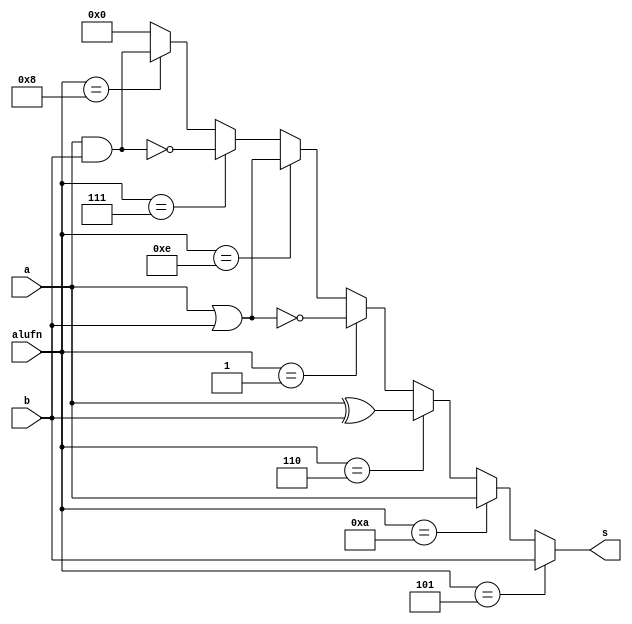
module boolean_16bit_7 (
    input [15:0] a,
    input [15:0] b,
    input [3:0] alufn,
    output reg [15:0] s
  );
  
  
  
  always @* begin
    s[0+15-:16] = 1'h0;
    if (alufn[0+3-:4] == 4'h8) begin
      s[0+15-:16] = a[0+15-:16] & b[0+15-:16];
    end
    if (alufn[0+3-:4] == 4'h7) begin
      s[0+15-:16] = ~(a[0+15-:16] & b[0+15-:16]);
    end
    if (alufn[0+3-:4] == 4'he) begin
      s[0+15-:16] = a[0+15-:16] | b[0+15-:16];
    end
    if (alufn[0+3-:4] == 4'h1) begin
      s[0+15-:16] = ~(a[0+15-:16] | b[0+15-:16]);
    end
    if (alufn[0+3-:4] == 4'h6) begin
      s[0+15-:16] = a[0+15-:16] ^ b[0+15-:16];
    end
    if (alufn[0+3-:4] == 4'ha) begin
      s[0+15-:16] = a[0+15-:16];
    end
    if (alufn[0+3-:4] == 4'h5) begin
      s[0+15-:16] = b[0+15-:16];
    end
  end
endmodule